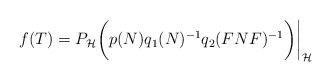
\begin{align*}f(T)=P_\mathcal H \bigg(p(N)q_1(N)^{-1}q_2(FNF)^{-1}\bigg) \bigg|_\mathcal H\end{align*}